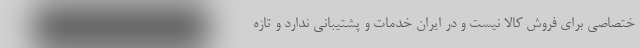
ختصاصی برای فروش کالا نیست و در ایران خدمات و پشتیبانی ندارد و تازه